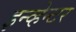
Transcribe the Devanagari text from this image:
इन्व्हेन्टर